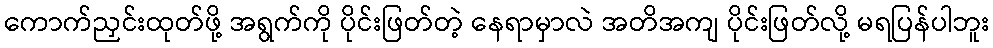
ကောက်ညှင်းထုတ်ဖို့ အရွက်ကို ပိုင်းဖြတ်တဲ့ နေရာမှာလဲ အတိအကျ ပိုင်းဖြတ်လို့ မရပြန်ပါဘူး